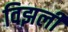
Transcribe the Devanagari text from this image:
विझली